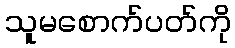
သူမစောက်ပတ်ကို